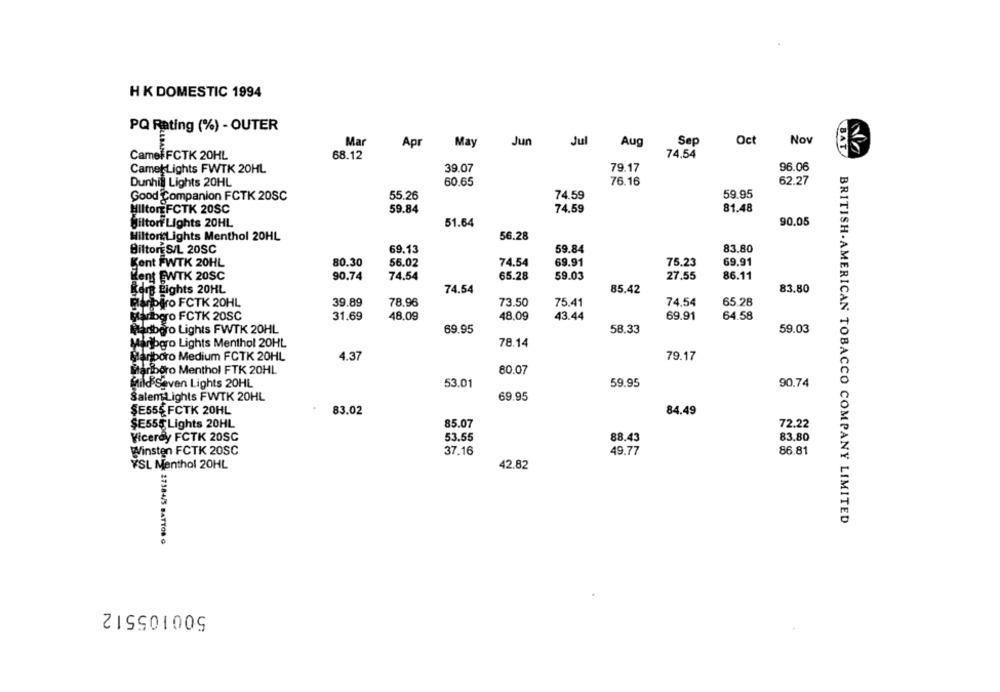
H K DOMESTIC 1994
PQ Rating (%) - OUTER
Mar
Apr
May
Jun
Jul
Aug
Sep
Oct
Nov
BAT
Camel FCTK 20HL
68.12
74.54
Camet Lights FWTK 20HL
39.07
79.17
96.06
Dunhill Lights 20HL
60.65
76.16
62.27
59.95
Good Companion FCTK 20SC
55.26
74.59
81.48
HiltorEFCTK 20SC
59.84
74.59
90.05
gilton Lights 20HL
51.64
HiltortLights Menthol 20HL
56.28
69.13
59.84
83.80
BiltorE S/L 20SC
80.30
56.02
74.54
69.91
75.23
69.91
Kent FWTK 20HL
Kent EWTK 20SC
90.74
74.54
65.28
59.03
27.55
86.11
kers Lights 20HL
74.54
85.42
83.80
Blanbiro FCTK 20HL
39.89
78.96
73.50
75.41
74,54
65.28
Barbero FCTK 20SC
31.69
48,09
48.09
43.44
69.91
64.58
Planboro Lights FWTK 20HL
69.95
58,33
59.03
Mariogro Lights Menthol 20HL
78.14
Marlboro Medium FCTK 20HL
4.37
79.17
ariboro Menthol FTK 20HL
80.07
Mild Seven Lights 20HL
53.01
59.95
90,74
Salem Lights FWTK 20HL
69.95
$E555 FCTK 20HL
83.02
84.49
$E555 Lights 20HL
85.07
72.22
53.55
83,80
Viceroy FCTK 20SC
88.43
Winsten FCTK 20SC
37.16
49.77
86.81
YSL Menthol 20HL
42.82
BRITISH AMERICAN TOBACCO COMPANY LIMITED
27384/5 BATYOR @
500105512